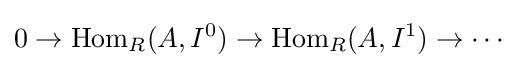
0\rightarrow \operatorname {Hom} _{R}(A,I^{0})\rightarrow \operatorname {Hom} _{R}(A,I^{1})\rightarrow \cdots